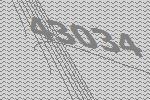
43034